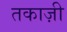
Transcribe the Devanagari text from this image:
तकाज़ी